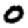
Digit: 0